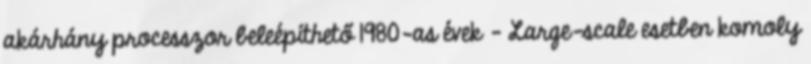
akárhány processzor beleépíthető 1980-as évek – Large-scale esetben komoly